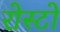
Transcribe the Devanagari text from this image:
रोस्टो